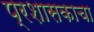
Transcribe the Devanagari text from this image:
प्रशासकाचा